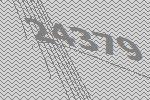
24379